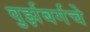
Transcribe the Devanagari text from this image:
वुर्झबर्गचे